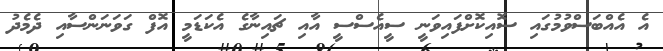
އެ އެއްބަސްވުމުގައި ސޮއިކޮށްފައިވަނީ ސީއެސްސީ އާއި ޗައިނާގެ އެކަޑަމީ އޮފް ގަވަނަންސާއި ދެމެދު